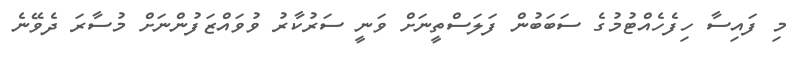
މި ފައިސާ ހިފެހެއްޓުމުގެ ސަބަބުން ފަލަސްތީނަށް ވަނީ ސަރުކާރު ވުވައްޒަފުންނަށް މުސާރަ ދެވޭނެ